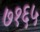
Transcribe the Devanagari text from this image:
७१६५